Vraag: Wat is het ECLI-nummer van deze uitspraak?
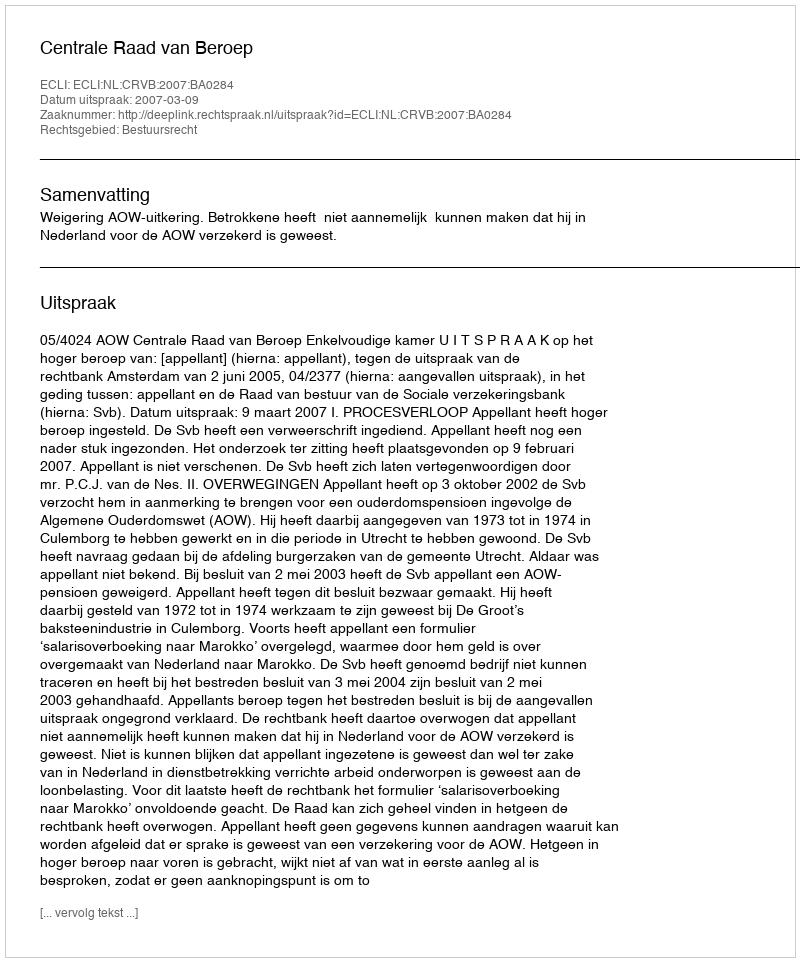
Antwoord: ECLI:NL:CRVB:2007:BA0284